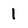
Character: 1